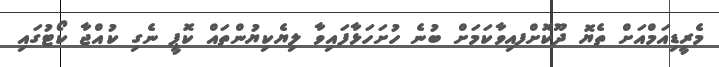
މެރީޑިއަމްއަށް ތެޔޮ ދޫކޮށްފއިވާކަމަށް ބުނެ ހުށަހަޅާފައިވާ ލިޔެކިޔުންތައް ކޮޕީ ނެގި ކުއްޖާ ކޯޓުގައި